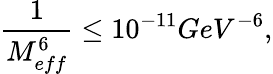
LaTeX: \frac{1}{M_{eff}^{6}}\leq 10^{-11}GeV^{-6},